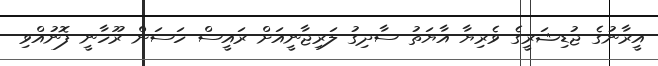
އީރާނުގެ ޖުޑިޝަރީގެ ވެރިޔާ އާޔަތު ސާދިގު ލަރިޖާނީއަށް ރައީސް ހަސަން ރޫހާނީ ފޮނުއްވި